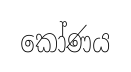
කෝණය